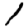
Digit: 1